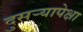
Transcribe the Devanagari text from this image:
दुसऱ्यापेक्षा